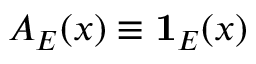
A _ { E } ( x ) \equiv \mathbf { 1 } _ { E } ( x )